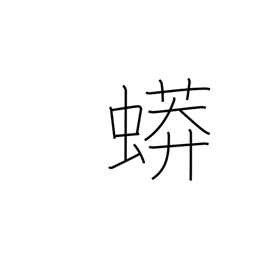
Meaning: python